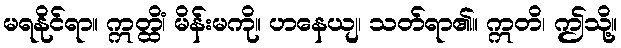
မရနိုင်ရာ။ ဣတ္ထိံ၊ မိန်းမကို။ ဟနေယျ၊ သတ်ရာ၏။ ဣတိ၊ ဤသို့။